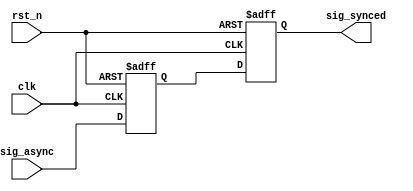
// This program was cloned from: https://github.com/flytt-away/FPGA-Video-Capture
// License: MIT License

////////////////////////////////////////////////////////////////
// Copyright (c) 2019 PANGO MICROSYSTEMS, INC
// ALL RIGHTS REVERVED.
////////////////////////////////////////////////////////////////
//Description:
//History: v1.0
////////////////////////////////////////////////////////////////
`timescale 1ns/1ps
module ipsxb_rst_sync_v1_1 #
    (
    parameter DATA_WIDTH = 1'd1, //
    parameter DFT_VALUE  = {DATA_WIDTH{1'b0}}
    )
    (
     input   wire                   clk,
     input   wire                   rst_n,
     input   wire  [DATA_WIDTH-1:0] sig_async,
     output  wire  [DATA_WIDTH-1:0] sig_synced
    );

reg     [DATA_WIDTH-1:0]  sig_async_r1;
reg     [DATA_WIDTH-1:0]  sig_async_r2;

always@(posedge clk or negedge rst_n)
begin
    if (!rst_n)
    begin
        sig_async_r1 <= DFT_VALUE;
        sig_async_r2 <= DFT_VALUE;
    end
    else
    begin
        sig_async_r1 <= sig_async;
        sig_async_r2 <= sig_async_r1;
    end
end

assign sig_synced = sig_async_r2;

endmodule